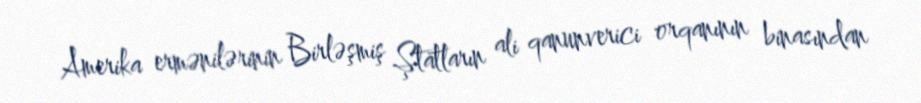
Amerika ermənilərinin Birləşmiş Ştatların ali qanunverici orqanının binasından